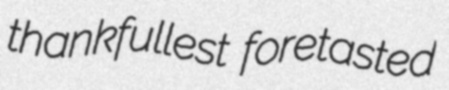
thankfullest foretasted